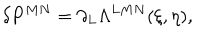
LaTeX: \delta P ^ { M N } = \partial _ { L } \Lambda ^ { L M N } ( \xi , \eta ) ,